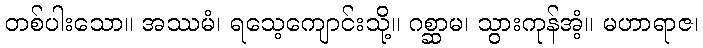
တစ်ပါးသော။ အဿမံ၊ ရသေ့ကျောင်းသို့။ ဂစ္ဆာမ၊ သွားကုန်အံ့။ မဟာရာဇ၊